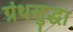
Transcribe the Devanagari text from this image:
ग्रंथसुद्धा